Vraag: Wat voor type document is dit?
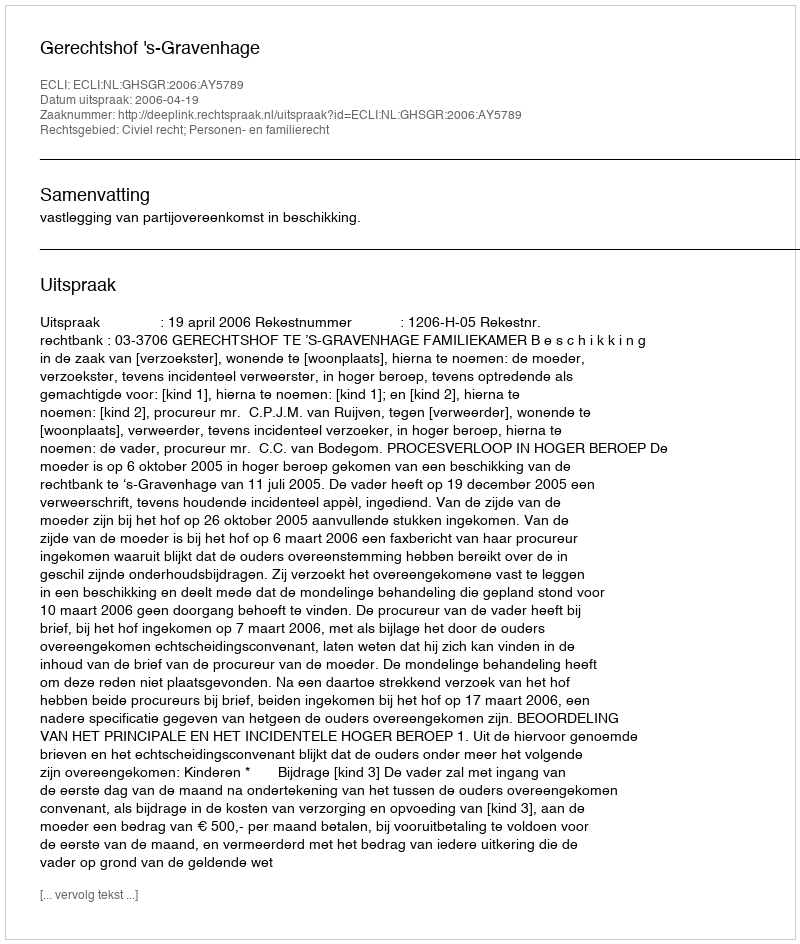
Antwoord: Uitspraak